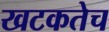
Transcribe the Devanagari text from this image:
खटकतेच